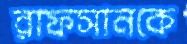
রাফসানকে